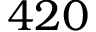
4 2 0